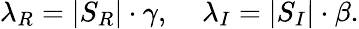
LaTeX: \lambda_{R}=|S_{R}|\cdot\gamma,\; \; \; \; \lambda_{I}=|S_{I}|\cdot\beta.